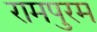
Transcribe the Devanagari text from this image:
रामपुरम